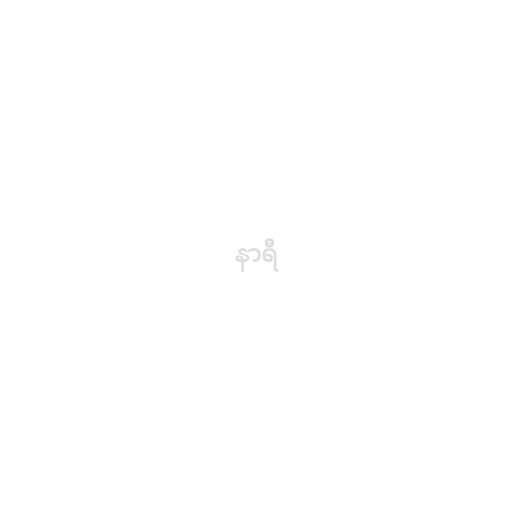
နာရီ